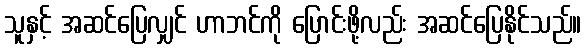
သူနှင့် အဆင်ပြေလျှင် ဟာဘင်ကို ပြောင်းဖို့လည်း အဆင်ပြေနိုင်သည်။